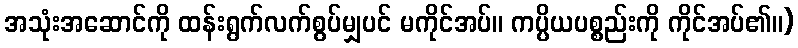
အသုံးအဆောင်ကို ထန်းရွက်လက်စွပ်မျှပင် မကိုင်အပ်။ ကပ္ပိယပစ္စည်းကို ကိုင်အပ်၏။)